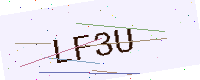
Text: LF3U